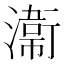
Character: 𭲸